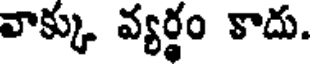
వాక్కు వ్యర్థం కాదు.